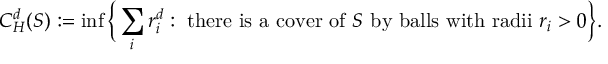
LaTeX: C _ { H } ^ { d } ( S ) : = \operatorname* { i n f } { \Bigl \{ } \sum _ { i } r _ { i } ^ { d } : { \mathrm { ~ t h e r e ~ i s ~ a ~ c o v e r ~ o f ~ } } S { \mathrm { ~ b y ~ b a l l s ~ w i t h ~ r a d i i ~ } } r _ { i } > 0 { \Bigr \} } .